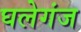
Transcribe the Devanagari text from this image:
घलेगंज